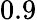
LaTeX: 0.9